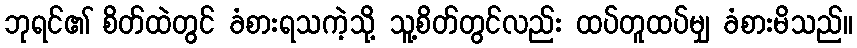
ဘုရင်၏ စိတ်ထဲတွင် ခံစားရသကဲ့သို့ သူ့စိတ်တွင်လည်း ထပ်တူထပ်မျှ ခံစားမိသည်။